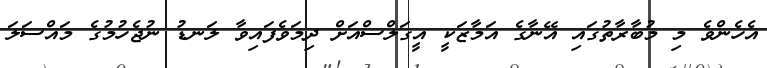
އެހެންވެ މި މުބާރާތުގައި އޭނާގެ އަމާޒަކީ އީގަލްސްއަށް ދިމަވެފައިވާ ލަނޑު ނުޖެހުމުގެ މައްސަލަ